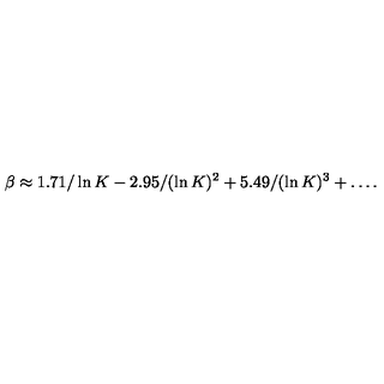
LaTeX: \beta \approx 1 . 7 1 / \ln K - 2 . 9 5 / ( \ln K ) ^ { 2 } + 5 . 4 9 / ( \ln K ) ^ { 3 } + \ldots .